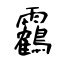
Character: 靏